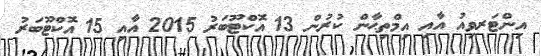
އިންޓަރވިއު އާއި އިމްތިޙާން ކުރުން 13 އޮކްޓޫބަރު 2015 އާއި 15 އޮކްޓޫބަރު